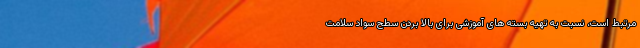
مرتبط است، نسبت به تهیه بسته های آموزشی برای بالا بردن سطح سواد سلامت